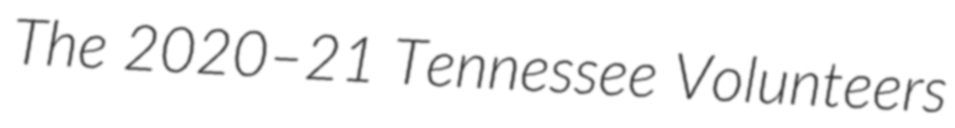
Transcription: The 2020–21 Tennessee Volunteers